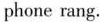
phone rang.